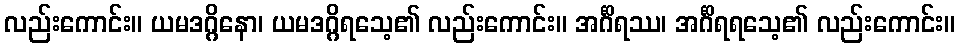
လည်းကောင်း။ ယမဒဂ္ဂိနော၊ ယမဒဂ္ဂိရသေ့၏ လည်းကောင်း။ အင်္ဂိရဿ၊ အင်္ဂိရရသေ့၏ လည်းကောင်း။